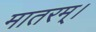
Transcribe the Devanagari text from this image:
मातरम्‌।